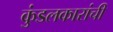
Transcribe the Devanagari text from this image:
कुंडलकारांची